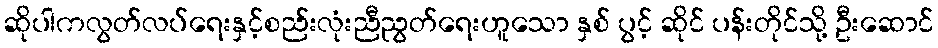
ဆိုပါကလွတ်လပ်ရေးနှင့်စည်းလုံးညီညွတ်ရေးဟူသော နှစ် ပွင့် ဆိုင် ပန်းတိုင်သို့ ဦးဆောင်